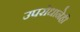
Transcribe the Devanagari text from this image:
उपरोधानेही